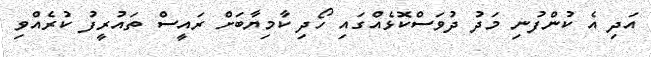
އަދި އެ ކުންފުނި މަދު ދުވަސްކޮޅެއްގައި ހޯދި ކާމިޔާބަށް ރައީސް ތައުރީފު ކުރެއްވި